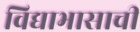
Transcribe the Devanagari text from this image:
विद्याभासाची